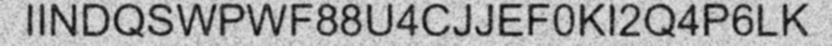
IINDQSWPWF88U4CJJEF0KI2Q4P6LK